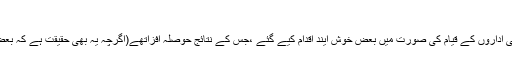
پاکستان میں علمی وادبی تحقیق کا حال - لکھاری
قیامِ پاکستان کے اوائل میں نئی یونی ورسٹیوںاورمتعددعلمی اداروں کے قیام کی صورت میں بعض خوش آیند اقدام کیے گئے ،جس کے نتائج حوصلہ افزاتھے(اگرچہ یہ بھی حقیقت ہے کہ بعض پہلوؤں سے چند اداروں کی کارکردگی مایوس کن تھی)۔